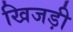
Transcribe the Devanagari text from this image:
खिजड़ी